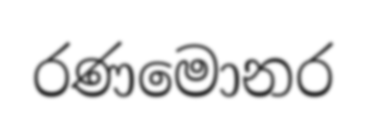
රණමොනර